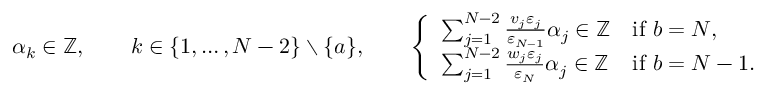
\alpha _ { k } \in \mathbb { Z } , \qquad k \in \{ 1 , \dots , N - 2 \} \setminus \{ a \} , \qquad \left\{ \begin{array} { l l } { \sum _ { j = 1 } ^ { N - 2 } \frac { v _ { j } \varepsilon _ { j } } { \varepsilon _ { N - 1 } } \alpha _ { j } \in \mathbb { Z } } & { \mathrm { i f ~ } b = N , } \\ { \sum _ { j = 1 } ^ { N - 2 } \frac { w _ { j } \varepsilon _ { j } } { \varepsilon _ { N } } \alpha _ { j } \in \mathbb { Z } } & { \mathrm { i f ~ } b = N - 1 . } \end{array} \right.